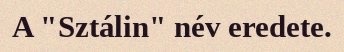
A "Sztálin" név eredete.